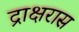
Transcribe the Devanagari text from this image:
द्राक्षरास